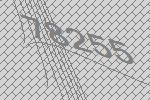
78255